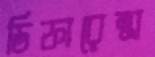
ডিফারেন্স